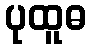
ပုထူဓ